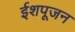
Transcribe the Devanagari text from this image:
ईशपूजन